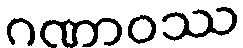
ဂဏာဝဿ